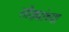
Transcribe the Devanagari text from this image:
सीड्यांच्या